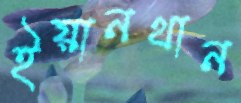
ইয়ানথান